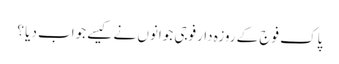
پاک فوج کے روزہ دارفوجی جوانوں نے کیسے جواب دیا ؟